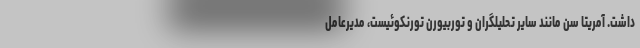
داشت. آمریتا سن مانند سایر تحلیلگران و توربیورن تورنکوئیست، مدیرعامل